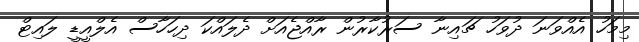
މިމަހު އެއްވަނަ ދުވަހު ޗައިނާ ސަރުކާރުން ރާއްޖެއަށް ދެލައްކަ ދިހަހާސް އެލްއީޑީ ލައިޓް